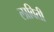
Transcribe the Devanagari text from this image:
लाविती